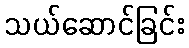
သယ်ဆောင်ခြင်း